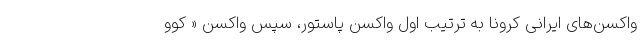
واکسن‌های ایرانی کرونا به ترتیب اول واکسن پاستور، سپس واکسن « کوو